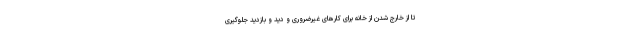
تا از خارج شدن از خانه برای کارهای غیرضروری و دید و بازدید جلوگیری